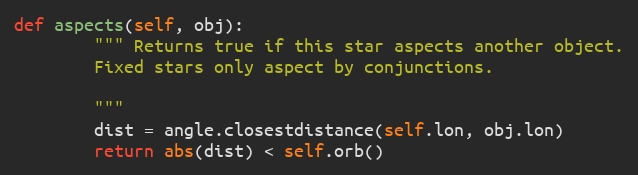
Language: Python
def aspects(self, obj):
        """ Returns true if this star aspects another object.
        Fixed stars only aspect by conjunctions.

        """
        dist = angle.closestdistance(self.lon, obj.lon)
        return abs(dist) < self.orb()